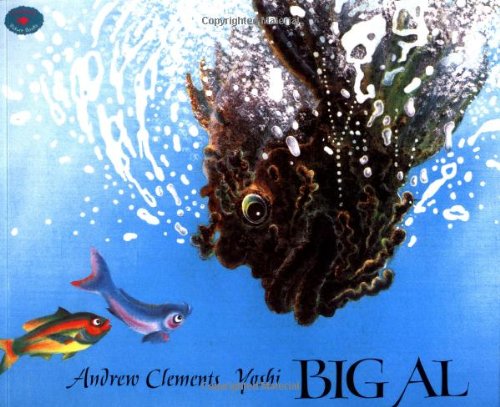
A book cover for Big Al; Andrew Clements; Children's Books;